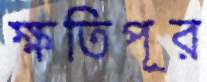
ক্ষতিপূর